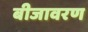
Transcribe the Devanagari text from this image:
बीजावरण